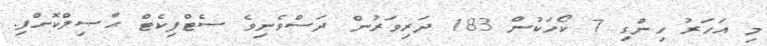
މި އަހަރު ހިންގި 7 ކޯހަކުން 183 ދަރިވަރުން ދަސްވެނިވެ ސެޓްފިކެޓް ޙާޞިލްކޮށްފި.